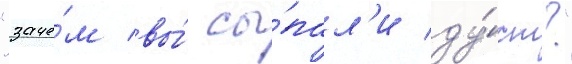
"заче́м вы́ сы́пал'и ду́ст?"